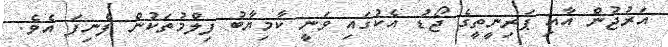
އަރުޖުން އާއި ޕަރިނީތީގެ ޖޯޑު އެކުގައި ވަނީ ކާމިޔާބު ފިލްމުތަކުން ފެނިފަ އެވެ.